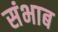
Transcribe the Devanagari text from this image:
संभाब